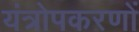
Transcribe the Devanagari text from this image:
यंत्रोपकरणों